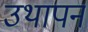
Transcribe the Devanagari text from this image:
उथापन